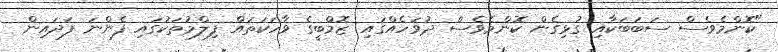
"ކޮންމެވެސް ސަބަބަކާއި ގުޅިގެން ކޮންމެވެސް ދުވަހެއްގައި ޒޮމްބީގެ ވާހަކަތައް ފިލްމުތަކުގައި ފެންނަ ފަދައިން